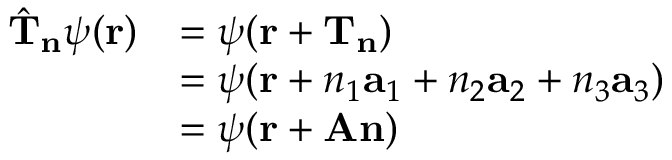
{ \begin{array} { r l } { { \hat { \mathbf { T } } } _ { \mathbf { n } } \psi ( \mathbf { r } ) } & { = \psi ( \mathbf { r } + \mathbf { T } _ { \mathbf { n } } ) } \\ & { = \psi ( \mathbf { r } + n _ { 1 } \mathbf { a } _ { 1 } + n _ { 2 } \mathbf { a } _ { 2 } + n _ { 3 } \mathbf { a } _ { 3 } ) } \\ & { = \psi ( \mathbf { r } + \mathbf { A } \mathbf { n } ) } \end{array} }